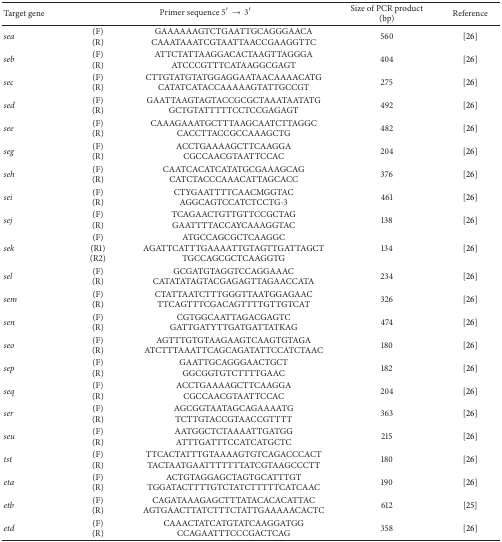
<table><thead><tr><td><b>Target gene</b></td><td colspan="2"><b>Primer sequence 5′→ 3′</b></td><td><b>Size of PCR product (bp)</b></td><td><b>Reference</b></td></tr></thead><tbody><tr><td><i>sea </i></td><td>(F)(R)</td><td>GAAAAAAGTCTGAATTGCAGGGAACACAAATAAATCGTAATTAACCGAAGGTTC</td><td>560</td><td>[26]</td></tr><tr><td><i>seb </i></td><td>(F)(R)</td><td>ATTCTATTAAGGACACTAAGTTAGGGAATCCCGTTTCATAAGGCGAGT</td><td>404</td><td>[26]</td></tr><tr><td><i>sec </i></td><td>(F)(R)</td><td>CTTGTATGTATGGAGGAATAACAAAACATGCATATCATACCAAAAAGTATTGCCGT</td><td>275</td><td>[26]</td></tr><tr><td><i>sed </i></td><td>(F)(R)</td><td>GAATTAAGTAGTACCGCGCTAAATAATATGGCTGTATTTTTCCTCCGAGAGT</td><td>492</td><td>[26]</td></tr><tr><td><i>see </i></td><td>(F)(R)</td><td>CAAAGAAATGCTTTAAGCAATCTTAGGCCACCTTACCGCCAAAGCTG</td><td>482</td><td>[26]</td></tr><tr><td><i>seg </i></td><td>(F)(R)</td><td>ACCTGAAAAGCTTCAAGGACGCCAACGTAATTCCAC</td><td>204</td><td>[26]</td></tr><tr><td><i>seh </i></td><td>(F)(R)</td><td>CAATCACATCATATGCGAAAGCAGCATCTACCCAAACATTAGCACC</td><td>376</td><td>[26]</td></tr><tr><td><i>sei </i></td><td>(F)(R)</td><td>CTYGAATTTTCAACMGGTACAGGCAGTCCATCTCCTG-3</td><td>461</td><td>[26]</td></tr><tr><td><i>sej </i></td><td>(F)(R)</td><td>TCAGAACTGTTGTTCCGCTAGGAATTTTACCAYCAAAGGTAC</td><td>138</td><td>[26]</td></tr><tr><td><i>sek </i></td><td>(F)(R1)(R2)</td><td>ATGCCAGCGCTCAAGGCAGATTCATTTGAAAATTGTAGTTGATTAGCTTGCCAGCGCTCAAGGTG</td><td>134</td><td>[26]</td></tr><tr><td><i>sel </i></td><td>(F)(R)</td><td>GCGATGTAGGTCCAGGAAACCATATATAGTACGAGAGTTAGAACCATA</td><td>234</td><td>[26]</td></tr><tr><td><i>sem </i></td><td>(F)(R)</td><td>CTATTAATCTTTGGGTTAATGGAGAACTTCAGTTTCGACAGTTTTGTTGTCAT</td><td>326</td><td>[26]</td></tr><tr><td><i>sen </i></td><td>(F)(R)</td><td>CGTGGCAATTAGACGAGTCGATTGATYTTGATGATTATKAG</td><td>474</td><td>[26]</td></tr><tr><td><i>seo </i></td><td>(F)(R)</td><td>AGTTTGTGTAAGAAGTCAAGTGTAGAATCTTTAAATTCAGCAGATATTCCATCTAAC</td><td>180</td><td>[26]</td></tr><tr><td><i>sep </i></td><td>(F)(R)</td><td>GAATTGCAGGGAACTGCTGGCGGTGTCTTTTGAAC</td><td>182</td><td>[26]</td></tr><tr><td><i>seq </i></td><td>(F)(R)</td><td>ACCTGAAAAGCTTCAAGGACGCCAACGTAATTCCAC</td><td>204</td><td>[26]</td></tr><tr><td><i>ser </i></td><td>(F)(R)</td><td>AGCGGTAATAGCAGAAAATGTCTTGTACCGTAACCGTTTT</td><td>363</td><td>[26]</td></tr><tr><td><i>seu </i></td><td>(F)(R)</td><td>AATGGCTCTAAAATTGATGGATTTGATTTCCATCATGCTC</td><td>215</td><td>[26]</td></tr><tr><td><i>tst </i></td><td>(F)(R)</td><td>TTCACTATTTGTAAAAGTGTCAGACCCACTTACTAATGAATTTTTTTATCGTAAGCCCTT</td><td>180</td><td>[26]</td></tr><tr><td><i>eta </i></td><td>(F)(R)</td><td>ACTGTAGGAGCTAGTGCATTTGTTGGATACTTTTGTCTATCTTTTTCATCAAC</td><td>190</td><td>[26]</td></tr><tr><td><i>etb </i></td><td>(F)(R)</td><td>CAGATAAAGAGCTTTATACACACATTACAGTGAACTTATCTTTCTATTGAAAAACACTC</td><td>612</td><td>[25] </td></tr><tr><td><i>etd </i></td><td>(F)(R)</td><td>CAAACTATCATGTATCAAGGATGGCCAGAATTTCCCGACTCAG</td><td>358</td><td>[26]</td></tr></tbody></table>